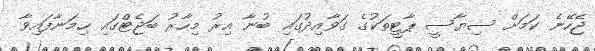
ޖެހޭނެ ކަމަށް ސިޔާސީ ޕާޓީތަކުގެ ގަވާއިދުގައި ބުނާ އިރު މިހާރު ބަޖެޓްގައި ހިމަނާފައިވާ